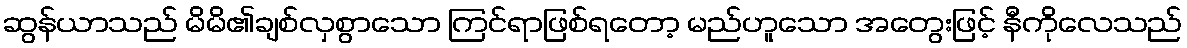
ဆွန်ယာသည် မိမိ၏ချစ်လှစွာသော ကြင်ရာဖြစ်ရတော့ မည်ဟူသော အတွေးဖြင့် နီကိုလေသည်